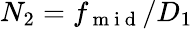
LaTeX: N_{2}=f_{\mathrm{~m~i~d~}}/D_{1}